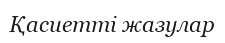
Қасиетті жазулар